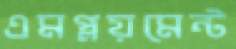
এমপ্লয়মেন্ট